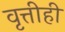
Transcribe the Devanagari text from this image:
वृत्तीही